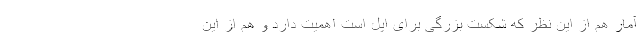
آمار هم از این نظر که شکست بزرگی برای اپل است اهمیت دارد و هم از این